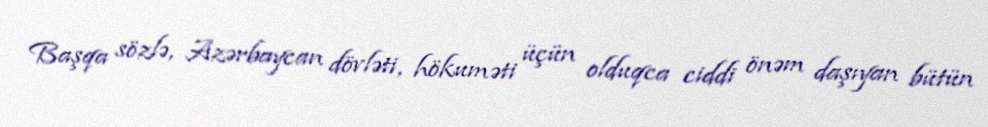
Başqa sözlə, Azərbaycan dövləti, hökuməti üçün olduqca ciddi önəm daşıyan bütün